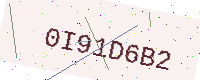
Text: 0I91D6B2